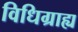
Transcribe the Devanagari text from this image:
विधिग्राह्य